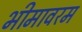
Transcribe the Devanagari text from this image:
भीमावरम